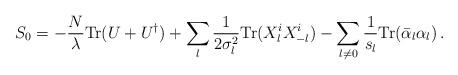
LaTeX: \begin{align*}S_0 = - {N \over \lambda} {\rm Tr} (U + U^\dagger) + \sum_l {1 \over 2 \sigma_l^2}{\rm Tr} (X_l^i X_{-l}^i) - \sum_{l \not= 0} {1 \over s_l} {\rm Tr} (\bar{\alpha}_l\alpha_l)\,.\end{align*}